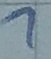
Text: 1